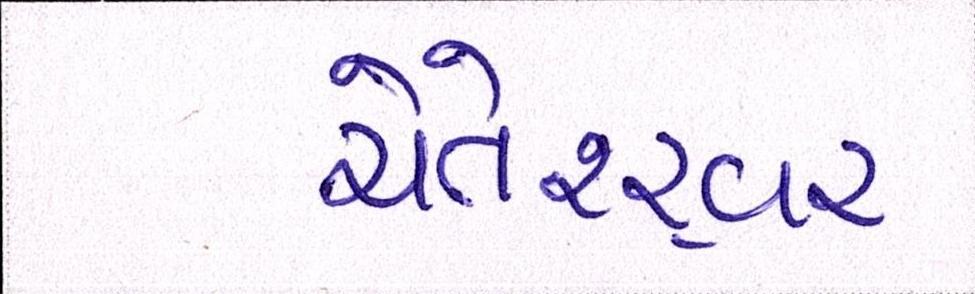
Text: ચેતેશ્ર્વર